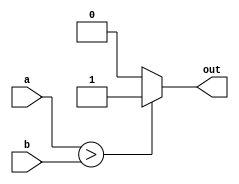
module lianxi09_compare(a,b,out);
input [7:0] a,b;
output out;
assign out = (a>b)?1:0;
endmodule

module lianxi09(clk,ngreset,
	data0,data1,data2,data3,
	data4,middata);
input clk,ngreset;
input [7:0] data0,data1,data2,data3,data4;
output [7:0] middata;
reg [7:0] middata;
reg [2:0] com_0,com_1,com_2,com_3,com_4;

wire out0_1,out0_2,out0_3,out0_4;
wire out1_0,out1_2,out1_3,out1_4;
wire out2_0,out2_1,out2_3,out2_4;
wire out3_0,out3_1,out3_2,out3_4;
wire out4_0,out4_1,out4_2,out4_3;

always@(posedge clk or negedge ngreset)begin
	if(ngreset == 1'b0)begin
		com_0 = 3'b000;com_1 = 3'b000;
		com_2 = 3'b000;com_3 = 3'b000;
		com_4 = 3'b000;
		middata <= 0;
	end
	else begin
		if	(com_0 == 3'b010) middata <= data0;
		else if (com_1 == 3'b010) middata <= data1;
		else if (com_2 == 3'b010) middata <= data2;
		else if (com_3 == 3'b010) middata <= data3;
		else if (com_4 == 3'b010) middata <= data4;
	end
end

lianxi09_compare c0_1(.a(data0),.b(data1),.out(out0_1));
lianxi09_compare c0_2(.a(data0),.b(data2),.out(out0_2));
lianxi09_compare c0_3(.a(data0),.b(data3),.out(out0_3));
lianxi09_compare c0_4(.a(data0),.b(data4),.out(out0_4));

lianxi09_compare c1_0(.a(data1),.b(data0),.out(out1_0));
lianxi09_compare c1_2(.a(data1),.b(data2),.out(out1_2));
lianxi09_compare c1_3(.a(data1),.b(data3),.out(out1_3));
lianxi09_compare c1_4(.a(data1),.b(data4),.out(out1_4));

lianxi09_compare c2_0(.a(data2),.b(data0),.out(out2_0));
lianxi09_compare c2_1(.a(data2),.b(data1),.out(out2_1));
lianxi09_compare c2_3(.a(data2),.b(data3),.out(out2_3));
lianxi09_compare c2_4(.a(data2),.b(data4),.out(out2_4));

lianxi09_compare c3_0(.a(data3),.b(data0),.out(out3_0));
lianxi09_compare c3_1(.a(data3),.b(data1),.out(out3_1));
lianxi09_compare c3_2(.a(data3),.b(data2),.out(out3_2));
lianxi09_compare c3_4(.a(data3),.b(data4),.out(out3_4));

lianxi09_compare c4_0(.a(data4),.b(data0),.out(out4_0));
lianxi09_compare c4_1(.a(data4),.b(data1),.out(out4_1));
lianxi09_compare c4_2(.a(data4),.b(data2),.out(out4_2));
lianxi09_compare c4_4(.a(data4),.b(data3),.out(out4_3));

always@(*)begin
	com_0 = out0_1 + out0_2 + out0_3 + out0_4;
	com_1 = out1_0 + out1_2 + out1_3 + out1_4;
	com_2 = out2_0 + out2_1 + out2_3 + out2_4;
	com_3 = out3_0 + out3_1 + out3_2 + out3_4;
	com_4 = out4_0 + out4_1 + out4_2 + out4_3;
end
endmodule